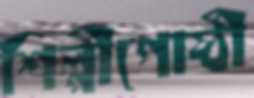
শিল্পীগোষ্ঠী